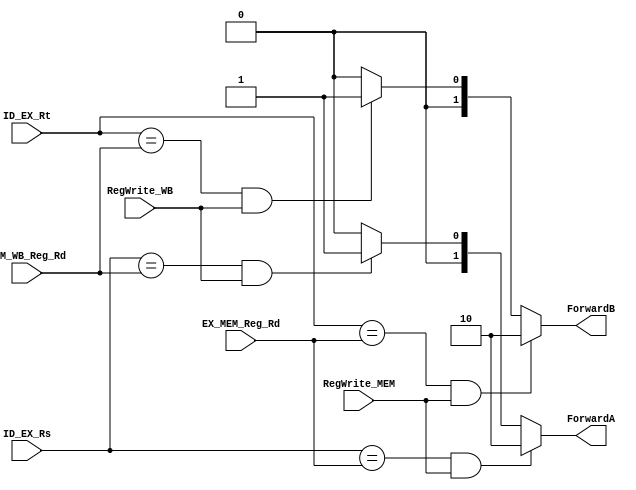
module forwarding_unit(ID_EX_Rs, ID_EX_Rt, EX_MEM_Reg_Rd, MEM_WB_Reg_Rd, RegWrite_MEM, RegWrite_WB, ForwardA, ForwardB);
	input [1:0] ID_EX_Rs;
	input [1:0] ID_EX_Rt;
	input [1:0] EX_MEM_Reg_Rd;
	input [1:0] MEM_WB_Reg_Rd;
	input RegWrite_MEM;
	input RegWrite_WB;
	output reg [1:0] ForwardA;
	output reg [1:0] ForwardB;

	//Do for Rs, Rt
	//MEM first, WB second.

	always @(*) begin
		//Rs
		if ((ID_EX_Rs == EX_MEM_Reg_Rd) && RegWrite_MEM) begin
			ForwardA = 2'b10;
		end
		else if ((ID_EX_Rs == MEM_WB_Reg_Rd) && RegWrite_WB) begin
			ForwardA = 2'b01;
		end
		else
			ForwardA = 2'b00;

		//Rt
		if ((ID_EX_Rt == EX_MEM_Reg_Rd) && RegWrite_MEM) begin
			ForwardB = 2'b10;
		end
		else if ((ID_EX_Rt == MEM_WB_Reg_Rd) && RegWrite_WB) begin
			ForwardB = 2'b01;
		end
		else
			ForwardB = 2'b00;
	end
endmodule